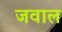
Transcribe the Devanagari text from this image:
जवाल